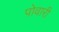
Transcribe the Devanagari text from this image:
पोवारी